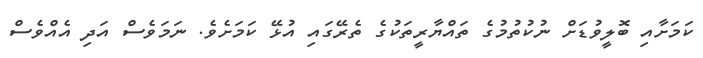
ކަމަށާއި ބޮލީވުޑަށް ނުކުތުމުގެ ތައްޔާރީތަކުގެ ތެރޭގައި އުޅޭ ކަމަށެވެ. ނަމަވެސް އަދި އެއްވެސް